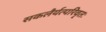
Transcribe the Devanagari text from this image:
सकलैर्यत्परिवृतः